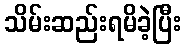
သိမ်းဆည်းရမိခဲ့ပြီး